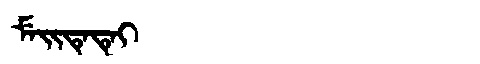
Manchu: ᠮᡝᡳᡨᡝᡨᡝᡳ
Romanization: MEITETEI